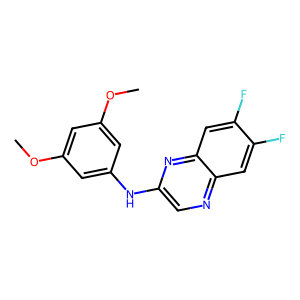
SMILES: COc1cc(Nc2cnc3cc(F)c(F)cc3n2)cc(OC)c1
Inhibits HIV replication: No